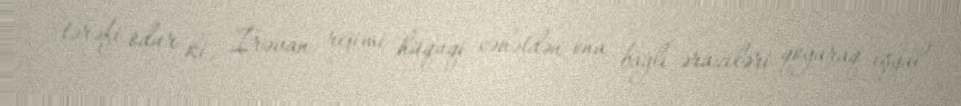
tərəfi odur ki, İrəvan rejimi hüquqi cəhətdən ona bağlı əraziləri qoyaraq işğal